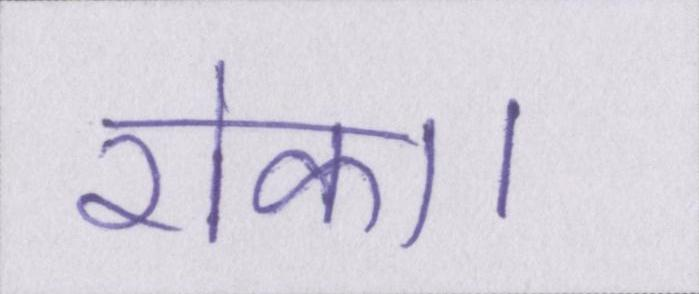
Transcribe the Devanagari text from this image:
रोका।